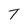
Character: T